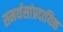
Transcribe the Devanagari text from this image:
समर्थसांप्रदायिक